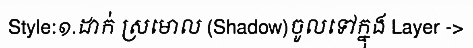
Style:១.ដាក់ ស្រមោល (Shadow)ចូលទៅក្នុង Layer ->